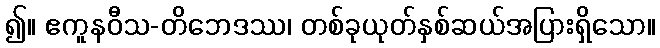
၍။ ဧကူနဝီသ-တိဘေဒဿ၊ တစ်ခုယုတ်နှစ်ဆယ်အပြားရှိသော။